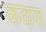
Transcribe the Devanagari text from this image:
कऴल